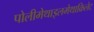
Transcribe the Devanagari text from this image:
पोलीमेथाइलमेथाक्रिलेट